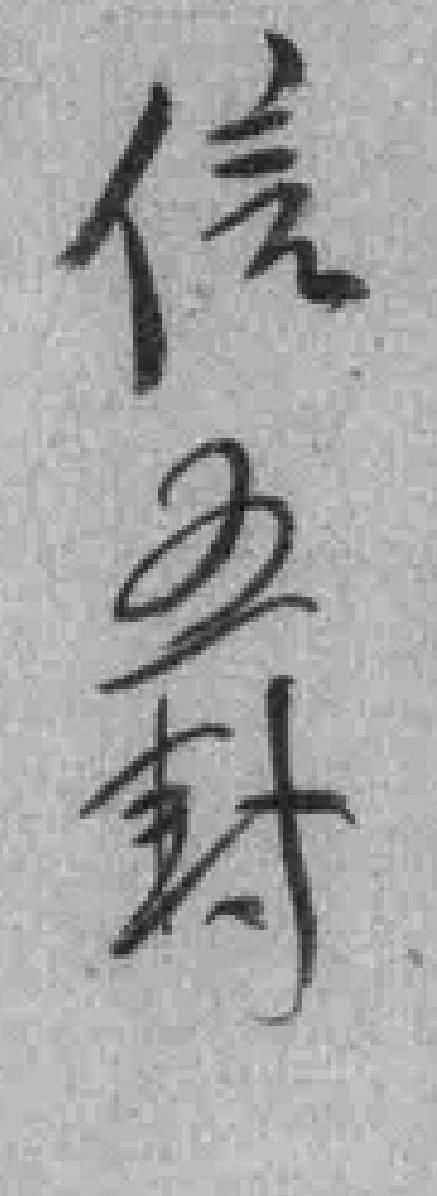
信五封